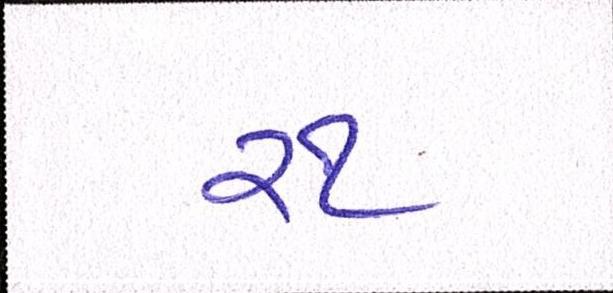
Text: ૨૧